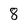
Character: 8